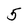
Character: 5